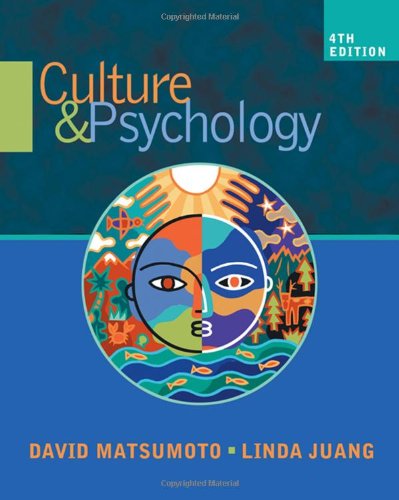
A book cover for Culture and Psychology; David Matsumoto; Medical Books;